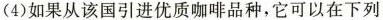
(4)如果从该国引进优质咖啡品种，它可以在下列